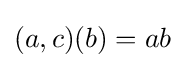
(a,c)(b)=ab